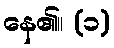
နေ၏။ (၁)